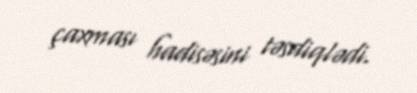
çaxması hadisəsini təsdiqlədi.